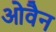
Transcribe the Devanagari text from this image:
ओवैन